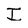
Character: I